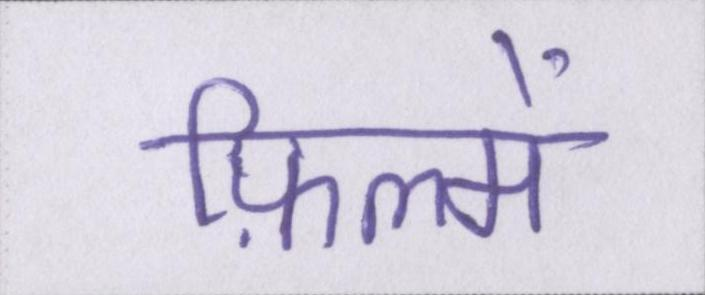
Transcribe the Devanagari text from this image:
फ़िल्में